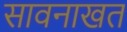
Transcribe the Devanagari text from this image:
सावनाखत